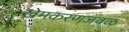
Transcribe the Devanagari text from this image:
खेमकरणजवळ